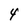
Character: 4